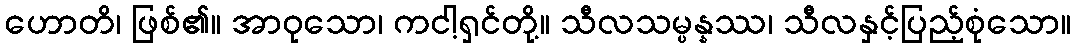
ဟောတိ၊ ဖြစ်၏။ အာဝုသော၊ ကငါ့ရှင်တို့။ သီလသမ္ပန္နဿ၊ သီလနှင့်ပြည့်စုံသော။